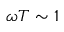
\omega T \sim 1